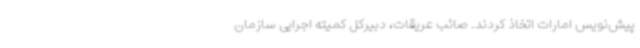
پیش‌نویس امارات اتخاذ کردند. صائب عریقات، دبیرکل کمیته اجرایی سازمان